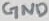
Text: GND